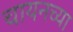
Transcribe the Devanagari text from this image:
चायनच्या